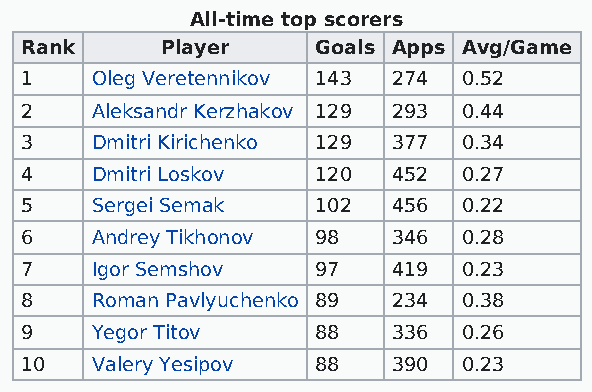
All-time top scorers
 Rank      Player    Goals Apps Avg/Game
 1    Oleg Veretennikov 143 274 0.52
 2    Aleksandr Kerzhakov 129 293 0.44
 3    Dmitri Kirichenko 129 377 0.34
 4    Dmitri Loskov  120  452  0.27
 5    Sergei Semak   102  456  0.22
 6    Andrey Tikhonov 98  346  0.28
 7    Igor Semshov   97   419  0.23
 8    Roman Pavlyuchenko 89 234 0.38
 9    Yegor Titov    88   336  0.26
 10   Valery Yesipov 88   390  0.23